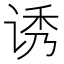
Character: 诱